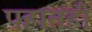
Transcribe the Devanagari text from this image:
पहातही